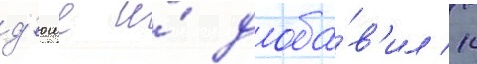
д'юше и́ доба́в'ил к